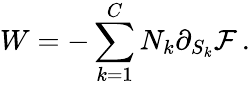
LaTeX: W=-\sum_{k=1}^{C}N_{k}\partial_{S_{k}}{\cal F}\, .